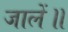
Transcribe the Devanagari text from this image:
जालें॥